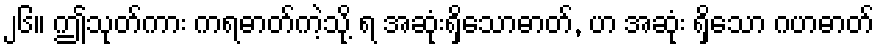
၂၆။ ဤသုတ်ကား ကရဓာတ်ကဲ့သို့ ရ အဆုံးရှိသောဓာတ်, ဟ အဆုံး ရှိသော ဂဟဓာတ်